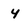
Character: 4